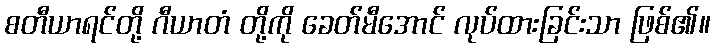
စတီယာရင်တို့ ဂီယာတံ တို့ကို ခေတ်မီအောင် လုပ်ထားခြင်းသာ ဖြစ်၏။